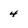
Character: 4